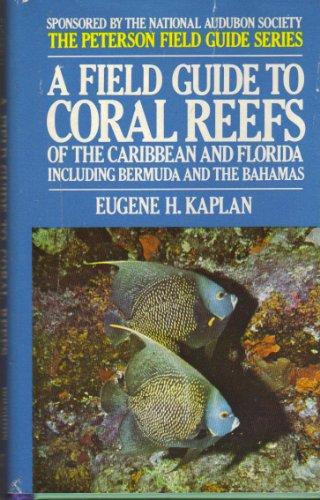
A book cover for A Field Guide to Coral Reefs of the Caribbean and Florida Including Bermuda and the Bahamas (The Peterson Field Guide Series); Eugene Kaplan; Sports & Outdoors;